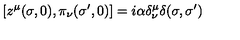
\left[ z ^ { \mu } ( \sigma , 0 ) , \pi _ { \nu } ( \sigma ^ { \prime } , 0 ) \right] = i \alpha \delta _ { \nu } ^ { \mu } \delta ( \sigma , \sigma ^ { \prime } )